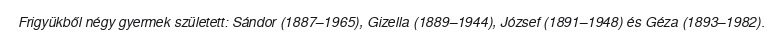
Frigyükből négy gyermek született: Sándor (1887–1965), Gizella (1889–1944), József (1891–1948) és Géza (1893–1982).